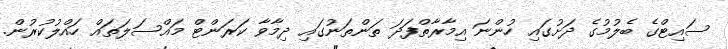
ސައިޓްގެ ބެލުމުގެ ދަށުގައި ހުންނަ އިމާރާތްފަދަ ތަންތަނުގައި ދިމާވާ ކަރަންޓް މައްސަލަތައް ހައްލުކުރުން.